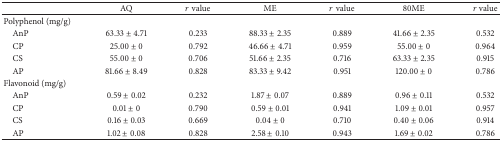
<table><thead><tr><td><b> </b></td><td><b>AQ</b></td><td><b><i>r</i> value</b></td><td><b>ME </b></td><td><b><i>r</i> value</b></td><td><b>80ME</b></td><td><b><i>r</i> value</b></td></tr></thead><tbody><tr><td>Polyphenol (mg/g)</td><td> </td><td> </td><td> </td><td> </td><td> </td><td> </td></tr><tr><td> AnP</td><td>63.33 ± 4.71</td><td>0.233</td><td>88.33 ± 2.35</td><td>0.889</td><td>41.66 ± 2.35</td><td>0.532</td></tr><tr><td> CP</td><td>25.00 ± 0</td><td>0.792</td><td>46.66 ± 4.71</td><td>0.959</td><td>55.00 ± 0</td><td>0.964</td></tr><tr><td> CS</td><td>55.00 ± 0</td><td>0.706</td><td>51.66 ± 2.35</td><td>0.716</td><td>63.33 ± 2.35</td><td>0.915</td></tr><tr><td> AP</td><td>81.66 ± 8.49</td><td>0.828</td><td>83.33 ± 9.42</td><td>0.951</td><td>120.00 ± 0</td><td>0.786</td></tr><tr><td>Flavonoid (mg/g)</td><td> </td><td> </td><td> </td><td> </td><td> </td><td> </td></tr><tr><td> AnP</td><td>0.59 ± 0.02</td><td>0.232</td><td>1.87 ± 0.07</td><td>0.889</td><td>0.96 ± 0.11</td><td>0.532</td></tr><tr><td> CP</td><td>0.01 ± 0</td><td>0.790</td><td>0.59 ± 0.01</td><td>0.941</td><td>1.09 ± 0.01</td><td>0.957</td></tr><tr><td> CS</td><td>0.16 ± 0.03</td><td>0.669</td><td>0.04 ± 0</td><td>0.710</td><td>0.40 ± 0.06</td><td>0.914</td></tr><tr><td> AP</td><td>1.02 ± 0.08</td><td>0.828</td><td>2.58 ± 0.10</td><td>0.943</td><td>1.69 ± 0.02</td><td>0.786</td></tr></tbody></table>